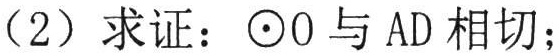
（2）求证：$\odot O$与$AD$相切；